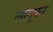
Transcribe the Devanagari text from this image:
लागूकर